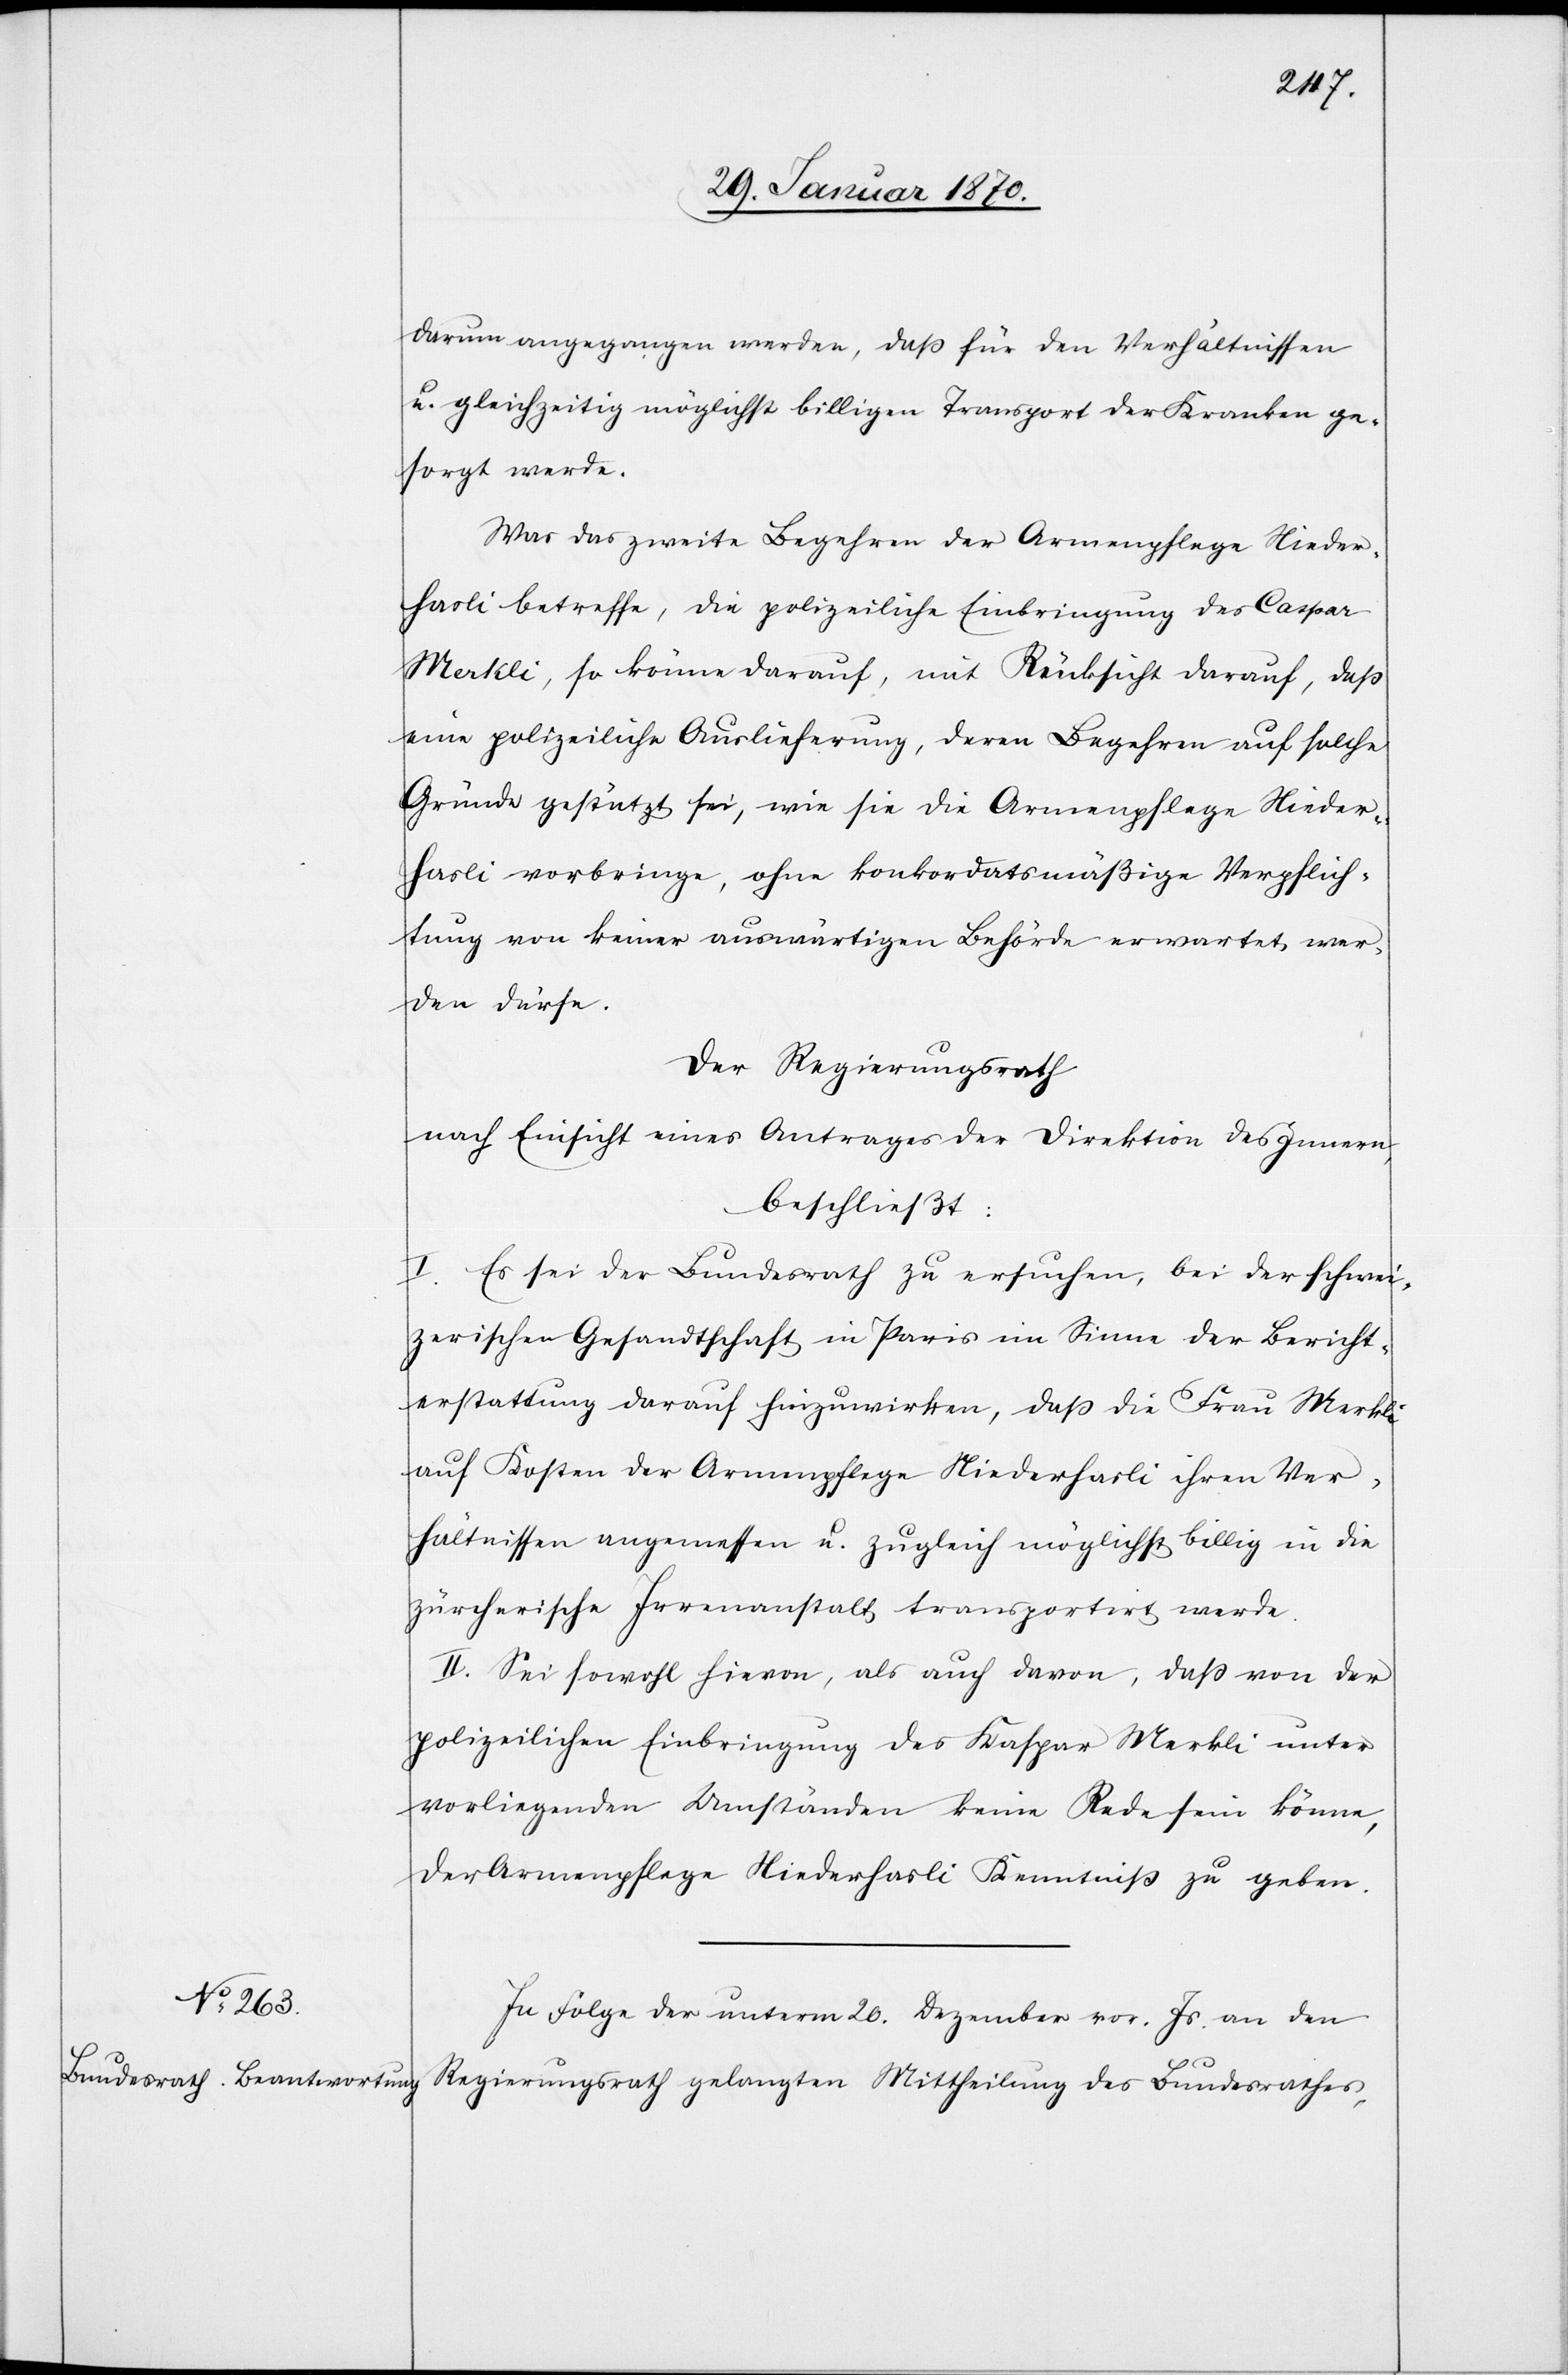
darum angegangen werden, daß für den Verhältnissen
u. gleichzeitig möglichst billigen Transport der Kranken ge¬
sorgt werde.
Was das zweite Begehren der Armenpflege Nieder¬
hasli betreffe, die polizeiliche Einbringung des Caspar
Merkli, so könne darauf, mit Rücksicht darauf, daß
eine polizeiliche Auslieferung, deren Begehren auf solche
Gründe gestützt sei, wie sie die Armenpflege Nieder¬
hasli vorbringe, ohne konkordatsmäßige Verpflich¬
tung von keiner auswärtigen Behörde erwartet wer¬
den dürfe.
Der Regierungsrath
nach Einsicht eines Antrages der Direktion des Innern,
beschließt:
I. Es sei der Bundesrath zu ersuchen, bei der schwei¬
zerischen Gesandtschaft in Paris im Sinne der Bericht¬
erstattung darauf hinzuwirken, daß die Frau Merkli
auf Kosten der Armenpflege Niederhasli ihren Ver¬
hältnissen angemessen u. zugleich möglichst billig in die
zürcherische Irrenanstalt transportirt werde.
II. Sei sowohl hievon, als auch davon, daß von der
polizeilichen Einbringung des Kaspar Merkli unter
vorliegenden Umständen keine Rede sein könne,
der Armenpflege Niederhasli Kenntniß zu geben.
In Folge der unterm 20. Dezember vor. Js. an den
Regierungsrath gelangten Mittheilung des Bundesrathes,